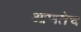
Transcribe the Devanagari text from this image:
आणतेच